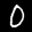
Label: 0